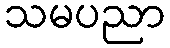
သမပညာ